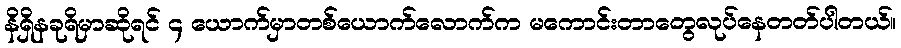
နိရှိနခုရိမှာဆိုရင် ၄ ယောက်မှာတစ်ယောက်လောက်က မကောင်းတာတွေလုပ်နေတတ်ပါတယ်။